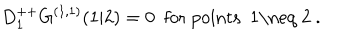
LaTeX: D _ { 1 } ^ { + + } G ^ { ( 1 , 1 ) } ( 1 \vert 2 ) = 0 \ \ \mathrm { f o r ~ p o i n t s ~ 1 \neq ~ 2 ~ . }